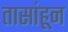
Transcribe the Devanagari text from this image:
तासांहून